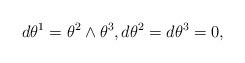
LaTeX: \begin{align*} d\theta^1 = \theta^2\land \theta^3, d\theta^2=d\theta^3=0,\end{align*}